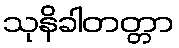
သုနိခါတတ္တာ